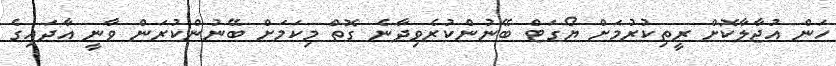
ހަން އުޖާލާކޮށް ރީތިކުރުމަށް ޔޯގަޓް ބޭނުންކުރެވިދާނެ ގޮތް މިކަމަށް ބޭނުންކުރަން ވާނީ އާދައިގެ